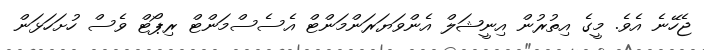
ޖެހޭނެ އެވެ. މީގެ އިތުރުން އިނީޝަލް އެންވަޔަރަންމަންޓް އެސެސްމަންޓް ރިޕޯޓް ވެސް ހުށަހަޅަން